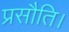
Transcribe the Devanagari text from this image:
प्रसौति।